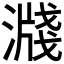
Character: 𣽖